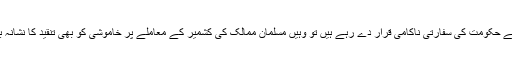
بعض حلقے اسے حکومت کی سفارتی ناکامی قرار دے رہے ہیں تو وہیں مسلمان ممالک کی کشمیر کے معاملے پر خاموشی کو بھی تنقید کا نشانہ بنایا جا رہا ہے۔